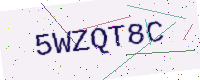
Text: 5WZQT8C